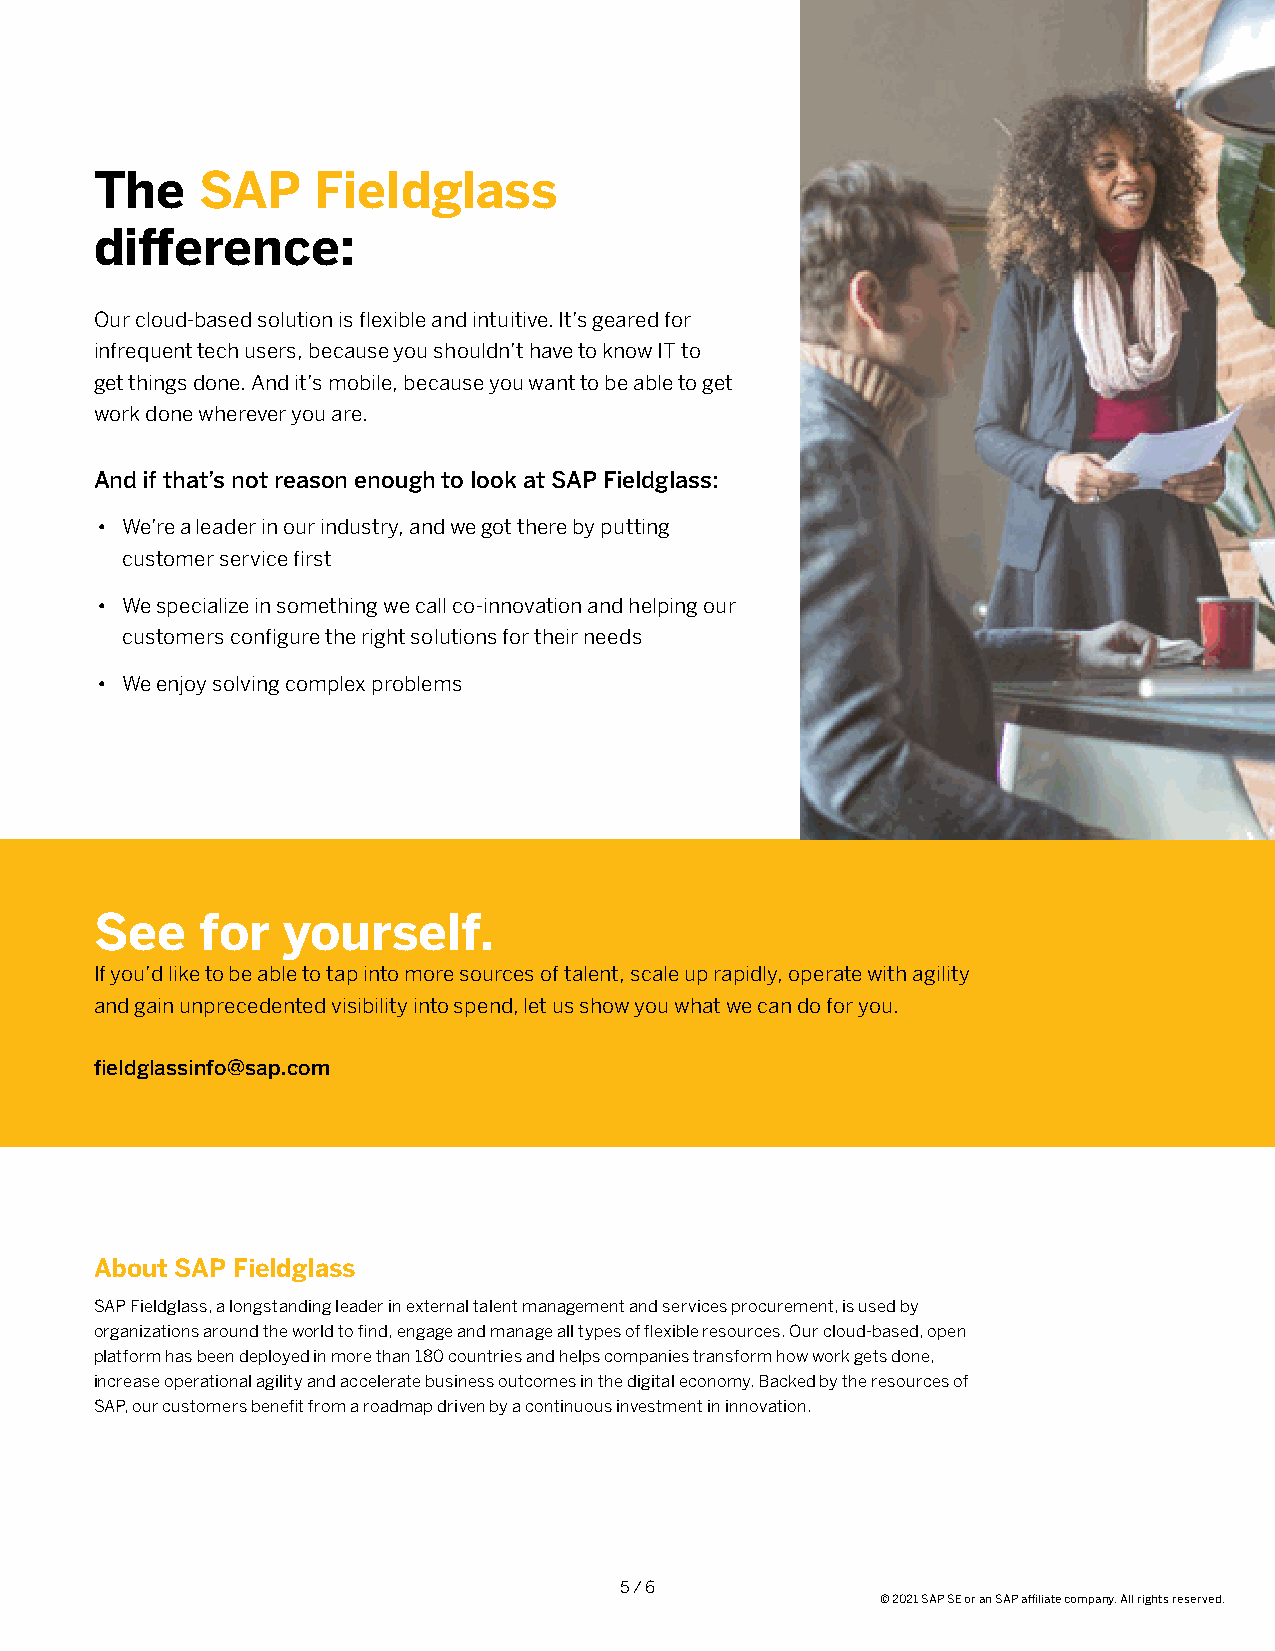
The    SAP     Fieldglass
 difference:
 Our cloud-based solution is flexible and intuitive. It’s geared for
 infrequent tech users, because you shouldn’t have to know IT to
 get things done. And it’s mobile, because you want to be able to get
 work done wherever you are.
 And if that’s not reason enough to look at SAP Fieldglass:
 • We’re a leader in our industry, and we got there by putting
 customer service first
 • We specialize in something we call co-innovation and helping our
 customers configure the right solutions for their needs
 • We enjoy solving complex problems
 See    for   yourself.
 If you’d like to be able to tap into more sources of talent, scale up rapidly, operate with agility
 and gain unprecedented visibility into spend, let us show you what we can do for you.
 fieldglassinfo@sap.com
 About SAP Fieldglass
 SAP Fieldglass, a longstanding leader in external talent management and services procurement, is used by
 organizations around the world to find, engage and manage all types of flexible resources. Our cloud-based, open
 platform has been deployed in more than 180 countries and helps companies transform how work gets done,
 increase operational agility and accelerate business outcomes in the digital economy. Backed by the resources of
 SAP, our customers benefit from a roadmap driven by a continuous investment in innovation.
 5 / 6
 © 2021 SAP SE or an SAP affiliate company. All rights reserved.